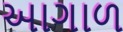
આગાળ